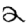
Digit: 2